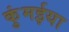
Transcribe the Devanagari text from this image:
कुंमईया